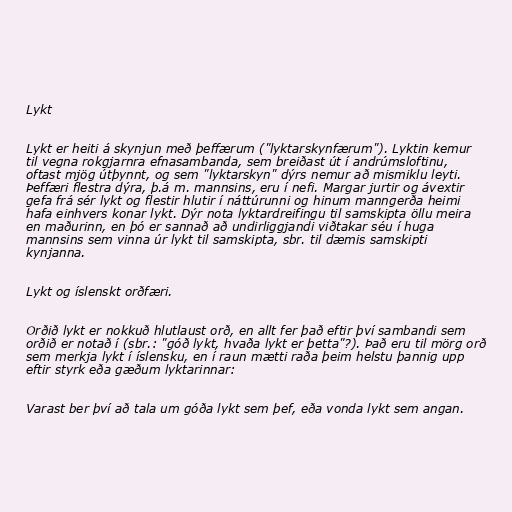
Lykt

Lykt er heiti á skynjun með þeffærum ("lyktarskynfærum"). Lyktin kemur
til vegna rokgjarnra efnasambanda, sem breiðast út í andrúmsloftinu,
oftast mjög útþynnt, og sem "lyktarskyn" dýrs nemur að mismiklu leyti.
Þeffæri flestra dýra, þ.á m. mannsins, eru í nefi. Margar jurtir og ávextir
gefa frá sér lykt og flestir hlutir í náttúrunni og hinum manngerða heimi
hafa einhvers konar lykt. Dýr nota lyktardreifingu til samskipta öllu meira
en maðurinn, en þó er sannað að undirliggjandi viðtakar séu í huga
mannsins sem vinna úr lykt til samskipta, sbr. til dæmis samskipti
kynjanna.

Lykt og íslenskt orðfæri.

Orðið lykt er nokkuð hlutlaust orð, en allt fer það eftir því sambandi sem
orðið er notað í (sbr.: "góð lykt, hvaða lykt er þetta"?). Það eru til mörg orð
sem merkja lykt í íslensku, en í raun mætti raða þeim helstu þannig upp
eftir styrk eða gæðum lyktarinnar:

Varast ber því að tala um góða lykt sem þef, eða vonda lykt sem angan.